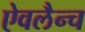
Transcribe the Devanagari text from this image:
ऐवलैन्च